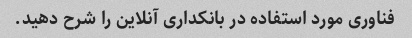
فناوری مورد استفاده در بانکداری آنلاین را شرح دهید.